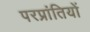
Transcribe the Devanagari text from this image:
परप्रांतियों